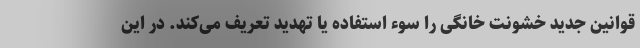
قوانین جدید خشونت خانگی را سوء استفاده یا تهدید تعریف می‌کند. در این